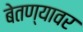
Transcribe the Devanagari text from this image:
बेतण्यावर